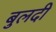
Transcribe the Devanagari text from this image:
बुलदी